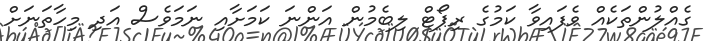
ގެއްލުންތަކެއް ވެފައިވާ ކަމުގެ ރިޕޯޓް ލިބެމުން އަންނަ ކަމަށާއި ނަމަވެސް އަދި މިހާތަނަށް